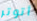
أتوتر